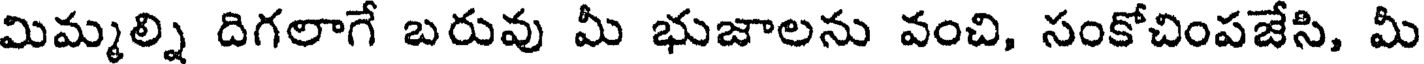
మిమ్మల్ని దిగలాగే బరువు మీ భుజాలను వంచి, సంకోచింపజేసి, మీ